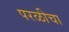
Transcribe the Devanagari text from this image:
परळीचा